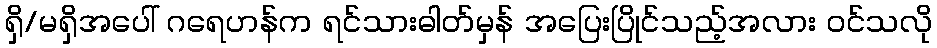
ရှိ/မရှိအပေါ် ဂရေဟန်က ရင်သားဓါတ်မှန် အပြေးပြိုင်သည့်အလား ဝင်သလို